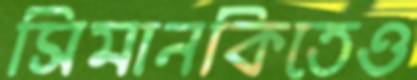
সিমানকিতেও